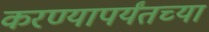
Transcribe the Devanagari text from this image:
करण्यापर्यंतच्या